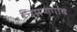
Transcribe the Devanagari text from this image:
चिमणगाव